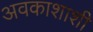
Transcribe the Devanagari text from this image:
अवकाशाशी